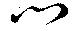
門